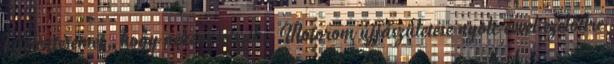
kijelentésemet, hogy nekem tetszik. Motorom újjászületése nyolc évvel ezelőttre